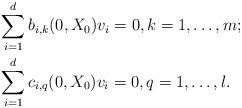
LaTeX: \begin{align*} &\sum_{i=1}^d b_{i,k}(0,X_0)v_i=0, k=1,\ldots,m;\\&\sum_{i=1}^d c_{i,q}(0,X_0)v_i=0, q=1,\ldots,l.\end{align*}